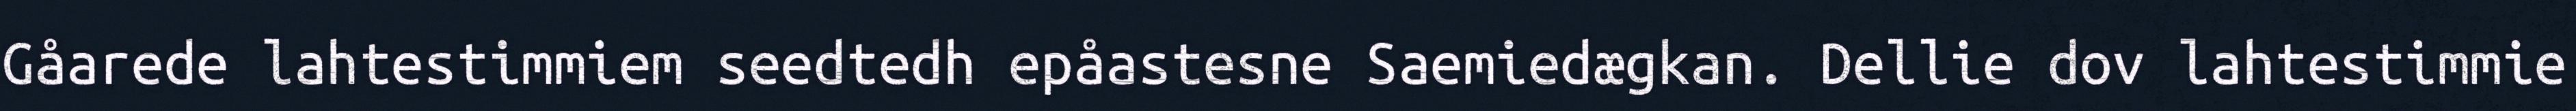
Gåarede lahtestimmiem seedtedh epåastesne Saemiedægkan. Dellie dov lahtestimmie